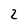
Character: 2